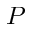
P